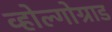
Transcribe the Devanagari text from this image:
व्होल्गोग्राड